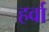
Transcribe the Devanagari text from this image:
हर्वा